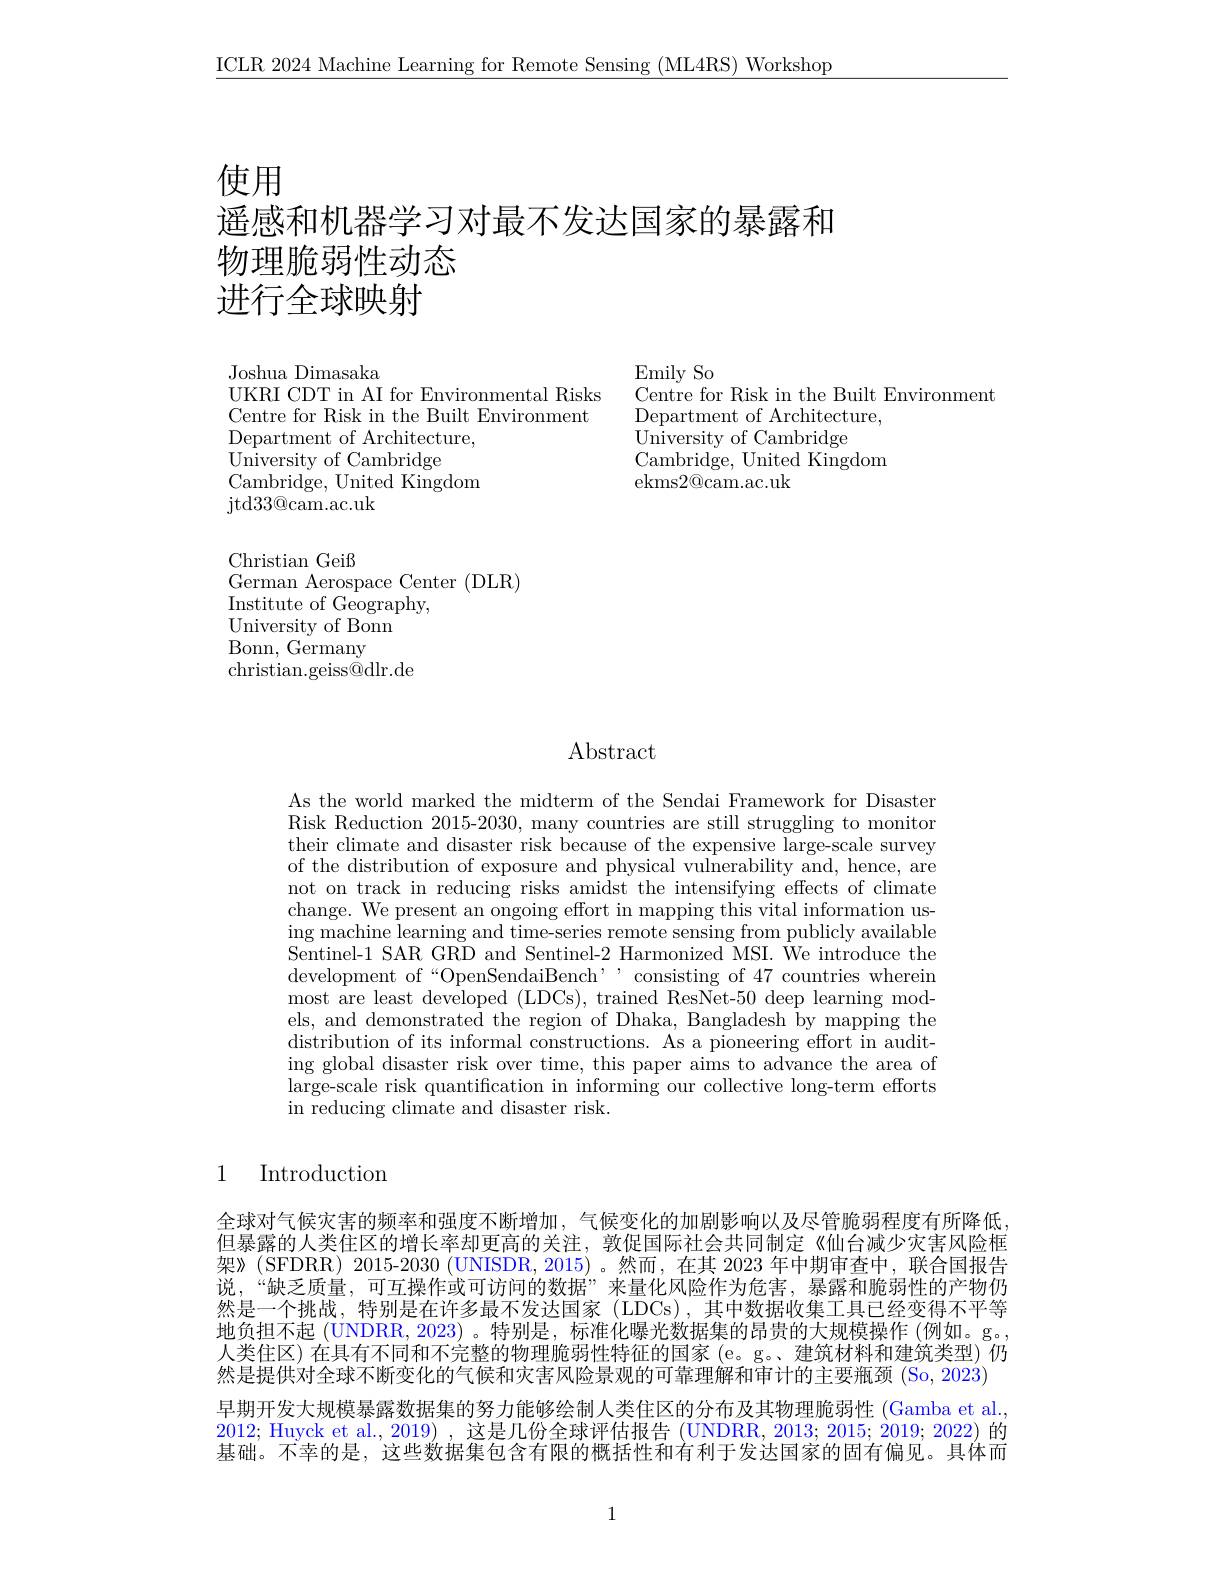
$\underline{\mathrm{ICLR~2024~Machine~Learning~for~Remote~Sensing~(ML4RS)~Workshop}}$

使用

# 遥感和机器学习对最不发达国家的暴露和物理脆弱性动态进行全球映射

Joshua Dimasaka
UKRI CDT in AI for Environmental Risks Centre for Risk in the Built Environment Department of Architecture,
${\mathrm{University~of~Cambridge}}$
Cambridge, United Kingdom
${\mathrm{jtd33@cam.ac.uk}}$

Christian Geiß
German Aerospace Center (DLR)
Institute of Geography,
$\mathop{\text{University of Bonn}}$
Bonn, Germany
christian.geiss@dlr.de

Emily So
Centre for Risk in the Built Environment
$\mathop{\mathrm{Department~of~Architecture,}}$
${\tilde{\text{University of Cambridge}}}$
Cambridge, United Kingdom
ekms2@cam.ac.uk

## $\operatorname{Abstract}$

As the world marked the midterm of the Sendai Framework for Disaster Risk Reduction 2015-2030, many countries are still struggling to monitor their climate and disaster risk because of the expensive large-scale survey of the distribution of exposure and physical vulnerability and, hence, are not on track in reducing risks amidst the intensifying effects of climate change. We present an ongoing effort in mapping this vital information using machine learning and time-series remote sensing from publicly available $\bar{\mathrm{Sentinel-1~SAR~GRD~and~Sentinel-2~Harmonized~MSI.~We~introduce~the}}$ development of“OpenSendaiBench’, consisting of 47 countries wherein most are least developed (LDCs), trained ResNet-50 deep learning models, and demonstrated the region of Dhaka, Bangladesh by mapping the distribution of its informal constructions. As a pioneering effort in auditing global disaster risk over time, this paper aims to advance the area of large-scale risk quantification in informing our collective long-term efforts in reducing climate and disaster risk.

### 1 Introduction

全球对气候灾害的频率和强度不断增加，气候变化的加剧影响以及尽管脆弱程度有所降低但暴露的人类住区的增长率却更高的关注，敦促国际社会共同制定《仙台减少灾害风险框架》(SFDRR) 2015-2030 (UNISDR,2015)。然而，在其 2023 年中期审查中，联合国报告说，“缺乏质量，可互操作或可访问的数据”来量化风险作为危害，暴露和脆弱性的产物仍然是一个挑战，特别是在许多最不发达国家 (LDCs),其中数据收集工具已经变得不平等地负担不起(UNDRR, 2023)。特别是，标准化曝光数据集的昂贵的大规模操作 (例如。g。人类住区)在具有不同和不完整的物理脆弱性特征的国家(e。g。建筑材料和建筑类型)仍然是提供对全球不断变化的气候和灾害风险景观的可靠理解和审计的主要瓶颈 (So, 2023) 早期开发大规模暴露数据集的努力能够绘制人类住区的分布及其物理脆弱性 (Gamba et al., 2012; Huyck et al., 2019) ,这是几份全球评估报告 (UNDRR, 2013; 2015; 2019; 2022) 的基础。不幸的是，这些数据集包含有限的概括性和有利于发达国家的固有偏见。具体而

1